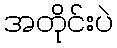
အတိုင်းပဲ